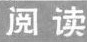
阅读